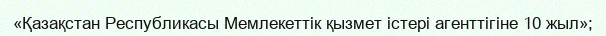
«Қазақстан Республикасы Мемлекеттік қызмет істері агенттігіне 10 жыл»;